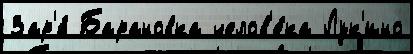
Зар'я́ Барановка челов'е́ка Лук'ино